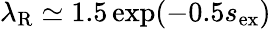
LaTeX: \lambda_{\mathrm{R}}\simeq 1.5\exp(-0.5s_{\mathrm{ex}})